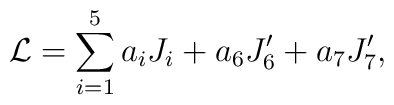
{\cal L} = \sum_{i=1}^{5} a_i J_i+ a_6 J'_6 + a_7 J'_7,